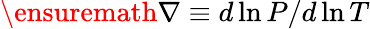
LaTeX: \ensuremath{\nabla}\equiv d\ln P/d\ln T